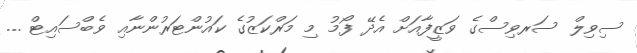
ސިވިލް ސަރވިސްގެ ވަޒީފާއަށް އެދޭ ފޯމު މި މަރްކަޒުގެ ކައުންޓަރުންނާއި ވެބްސައިޓް ...